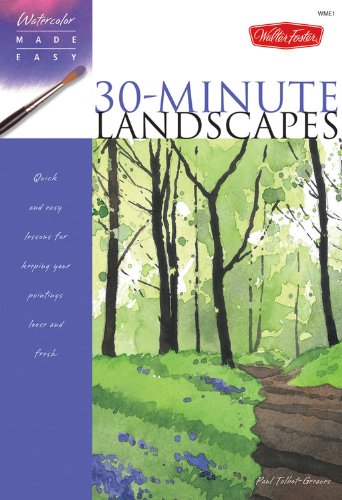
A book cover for Watercolor Made Easy: 30-Minute Landscapes; Paul Talbot-Greaves; Arts & Photography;